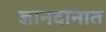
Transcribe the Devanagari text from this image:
ज्ञानदानात